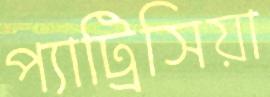
প্যাট্রিসিয়া